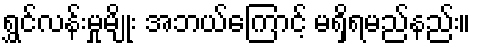
ရွှင်လန်းမှုမျိုး အဘယ်ကြောင့် မရှိရမည်နည်း။